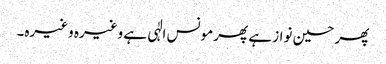
پھر حسین نواز ہے پھر مونس الٰہی ہے وغیرہ وغیرہ۔